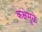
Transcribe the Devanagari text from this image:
कक्षेमुळे